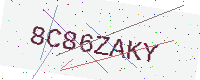
Text: 8C86ZAKY